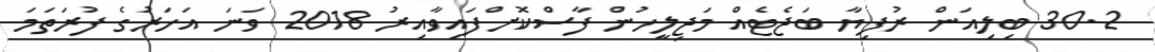
30.2 ބިލިއަން ރުފިޔާ ބަޖެޓެއް މަޖިލީހުން ފާސްކޮށްފައިވާއިރު 2018 ވަނަ އަހަރުގެ ފުރަތަމަ